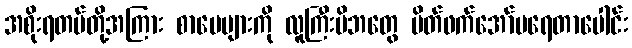
အစိုးရတပ်တို့အကြား စာပေများကို လူကြီးမိဘတွေ မိတ်ဖက်အော်ပရေတာပေါင်း